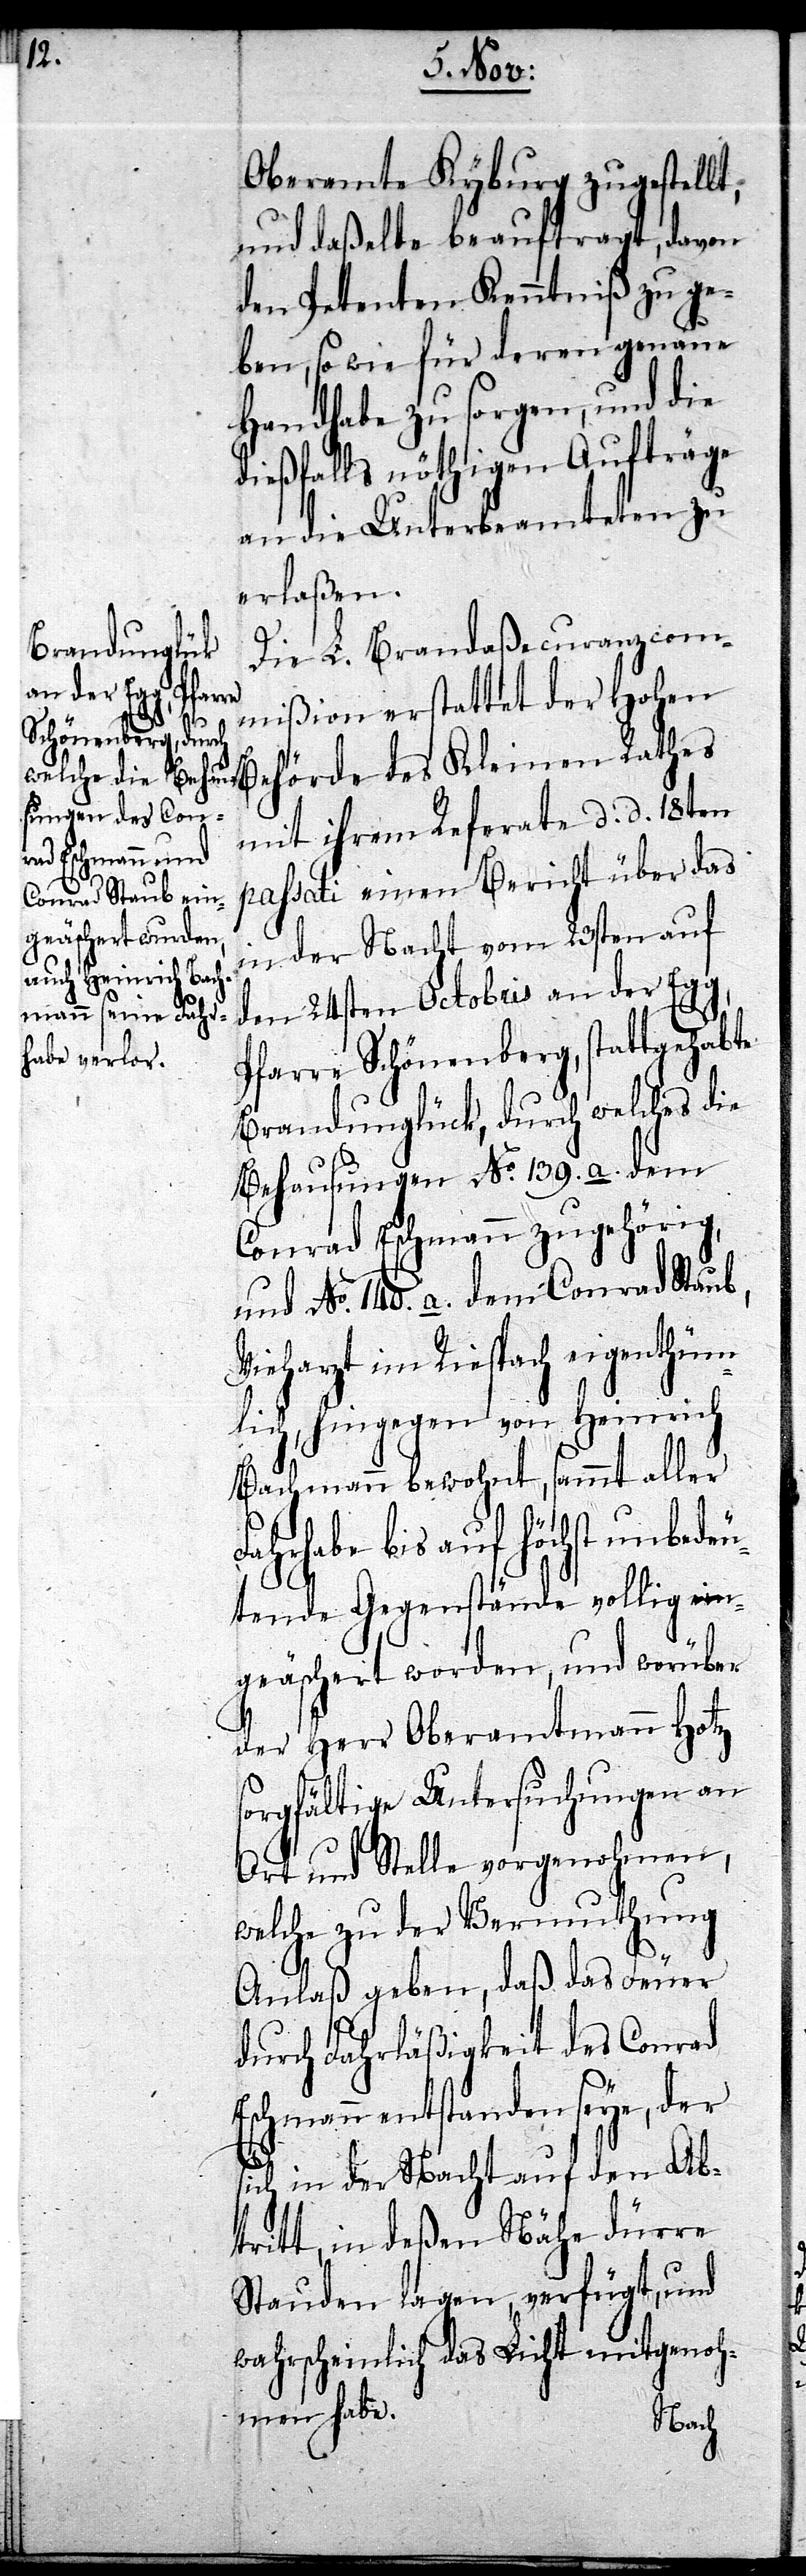
Oberamte Kyburg zugestellt,
und daßelbe beauftragt, davon
den Petenten Kenntniß zu ge¬
ben, so wie für deren genaue
Handhabe zu sorgen, und die
dießfalls nöthigen Aufträge
an die Unterbeamteten zu
erlaßen.
Die L. Brandaßecuranzcom¬
mißion erstattet der Hohen
Behörde des Kleinen Rathes
mit ihrem Referate d. d. 18ten
passati einen Bericht über das
in der Nacht vom 23sten auf
den 24sten Octobris an der Egg,
Pfarre Schönenberg, stattgehabte
Brandunglück, durch welches die
Behausungen No. 139. a. dem
Conrad Eschmann zugehörig,
und No. 140. a. dem Conrad Staub,
Vieharzt im Riespach eigenthüm¬
lich, hingegen von Heinrich
Bachmann bewohnt, sammt aller
Fahrhabe bis auf höchst unbedeu¬
tende Gegenstände vollig ein¬
geäschert worden, und worüber
der Herr Oberamtmann Hotz
sorgfältige Untersuchungen an
Ort und Stelle vorgenohmen,
welche zu der Vermuthung
Anlaß geben, daß das Feuer
durch Fahrläßigkeit des Conrad
Eschmann entstanden seye, der
sich in der Nacht auf den Ab¬
tritt, in deßen Nähe dürre
Stauden lagen, verfügt, und
wahrscheinlich das Licht mitgenoh¬
men habe.